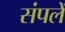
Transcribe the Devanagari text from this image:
संपलें